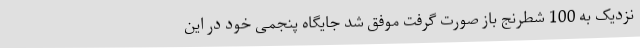
نزدیک به 100 شطرنج باز صورت گرفت موفق شد جایگاه پنجمی خود در این